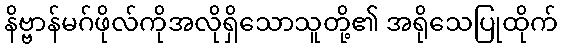
နိဗ္ဗာန်မဂ်ဖိုလ်ကိုအလိုရှိသောသူတို့၏ အရိုသေပြုထိုက်